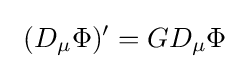
\ (D_{\mu }\Phi )'=GD_{\mu }\Phi